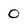
Character: 0